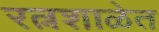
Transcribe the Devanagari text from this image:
रत्नशाळेत